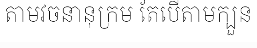
តាមវចនានុក្រម តែបើតាមក្បួន